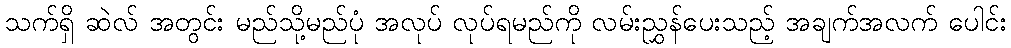
သက်ရှိ ဆဲလ် အတွင်း မည်သို့မည်ပုံ အလုပ် လုပ်ရမည်ကို လမ်းညွှန်ပေးသည့် အချက်အလက် ပေါင်း